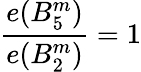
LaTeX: {\frac{e(B_{5}^{m})}{e(B_{2}^{m})}}=1